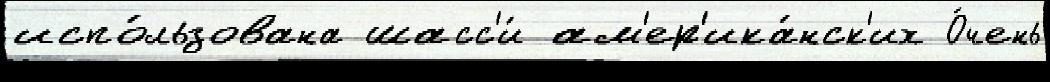
испо́льзована шасс'и́ ам'ер'ика́нск'их О́чень